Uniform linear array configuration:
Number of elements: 16
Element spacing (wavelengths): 1
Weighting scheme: blackman
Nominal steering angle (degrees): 15
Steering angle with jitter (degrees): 16.22
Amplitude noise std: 0.05
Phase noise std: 0.05

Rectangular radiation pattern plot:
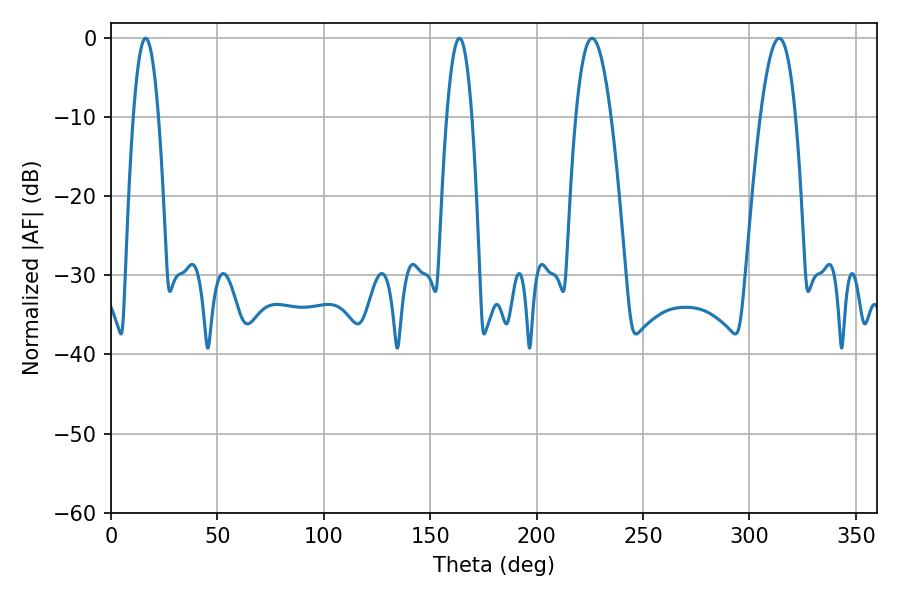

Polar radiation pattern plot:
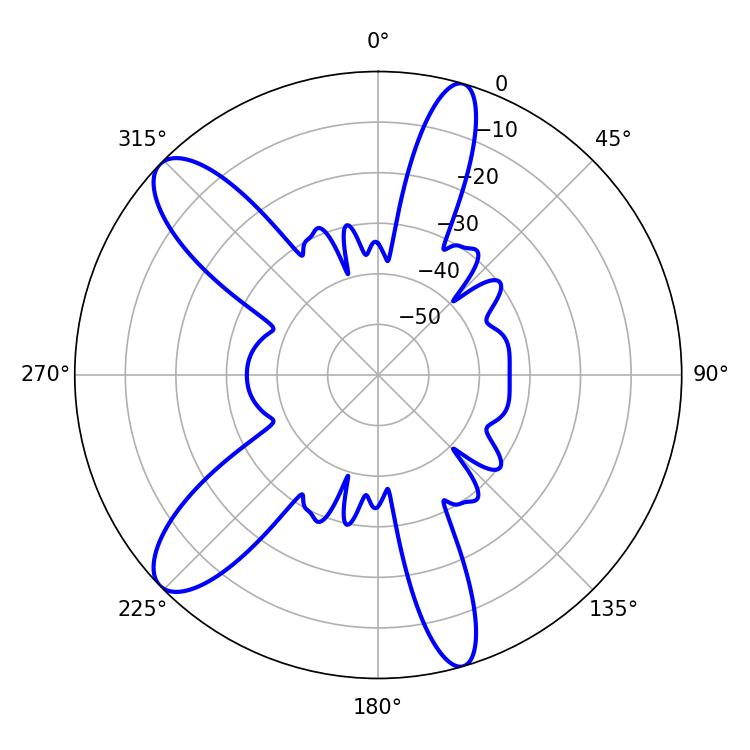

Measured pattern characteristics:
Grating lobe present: TRUE
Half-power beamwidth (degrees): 9
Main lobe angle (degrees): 226.08